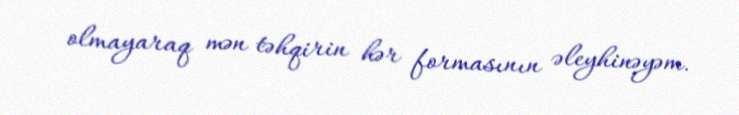
olmayaraq mən təhqirin hər formasının əleyhinəyəm.